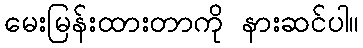
မေးမြန်းထားတာကို နားဆင်ပါ။